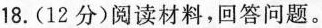
18.(12分)阅读材料，回答问题。